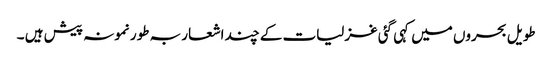
طویل بحروں میں کہی گئی غزلیات کے چند اشعار بہ طور نمونہ پیش ہیں ۔